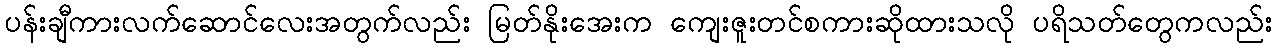
ပန်းချီကားလက်ဆောင်လေးအတွက်လည်း မြတ်နိုးအေးက ကျေးဇူးတင်စကားဆိုထားသလို ပရိသတ်တွေကလည်း